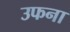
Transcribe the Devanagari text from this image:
उफना